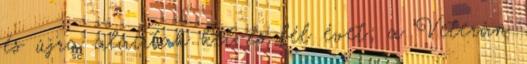
és újra aláírtak két és fél évet; a Veterán